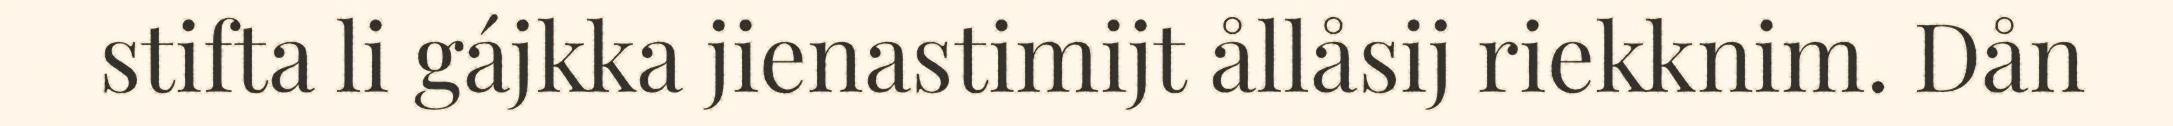
stifta li gájkka jienastimijt ållåsij riekknim. Dån